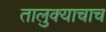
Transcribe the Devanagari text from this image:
तालुक्याचाच